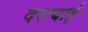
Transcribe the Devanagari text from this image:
दराबाई